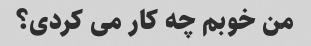
من خوبم چه کار می کردی؟